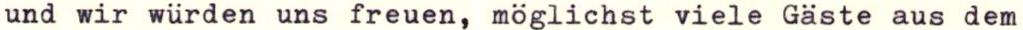
und wir würden uns freuen, möglichst viele Gäste aus dem